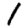
Digit: 1